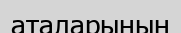
аталарының